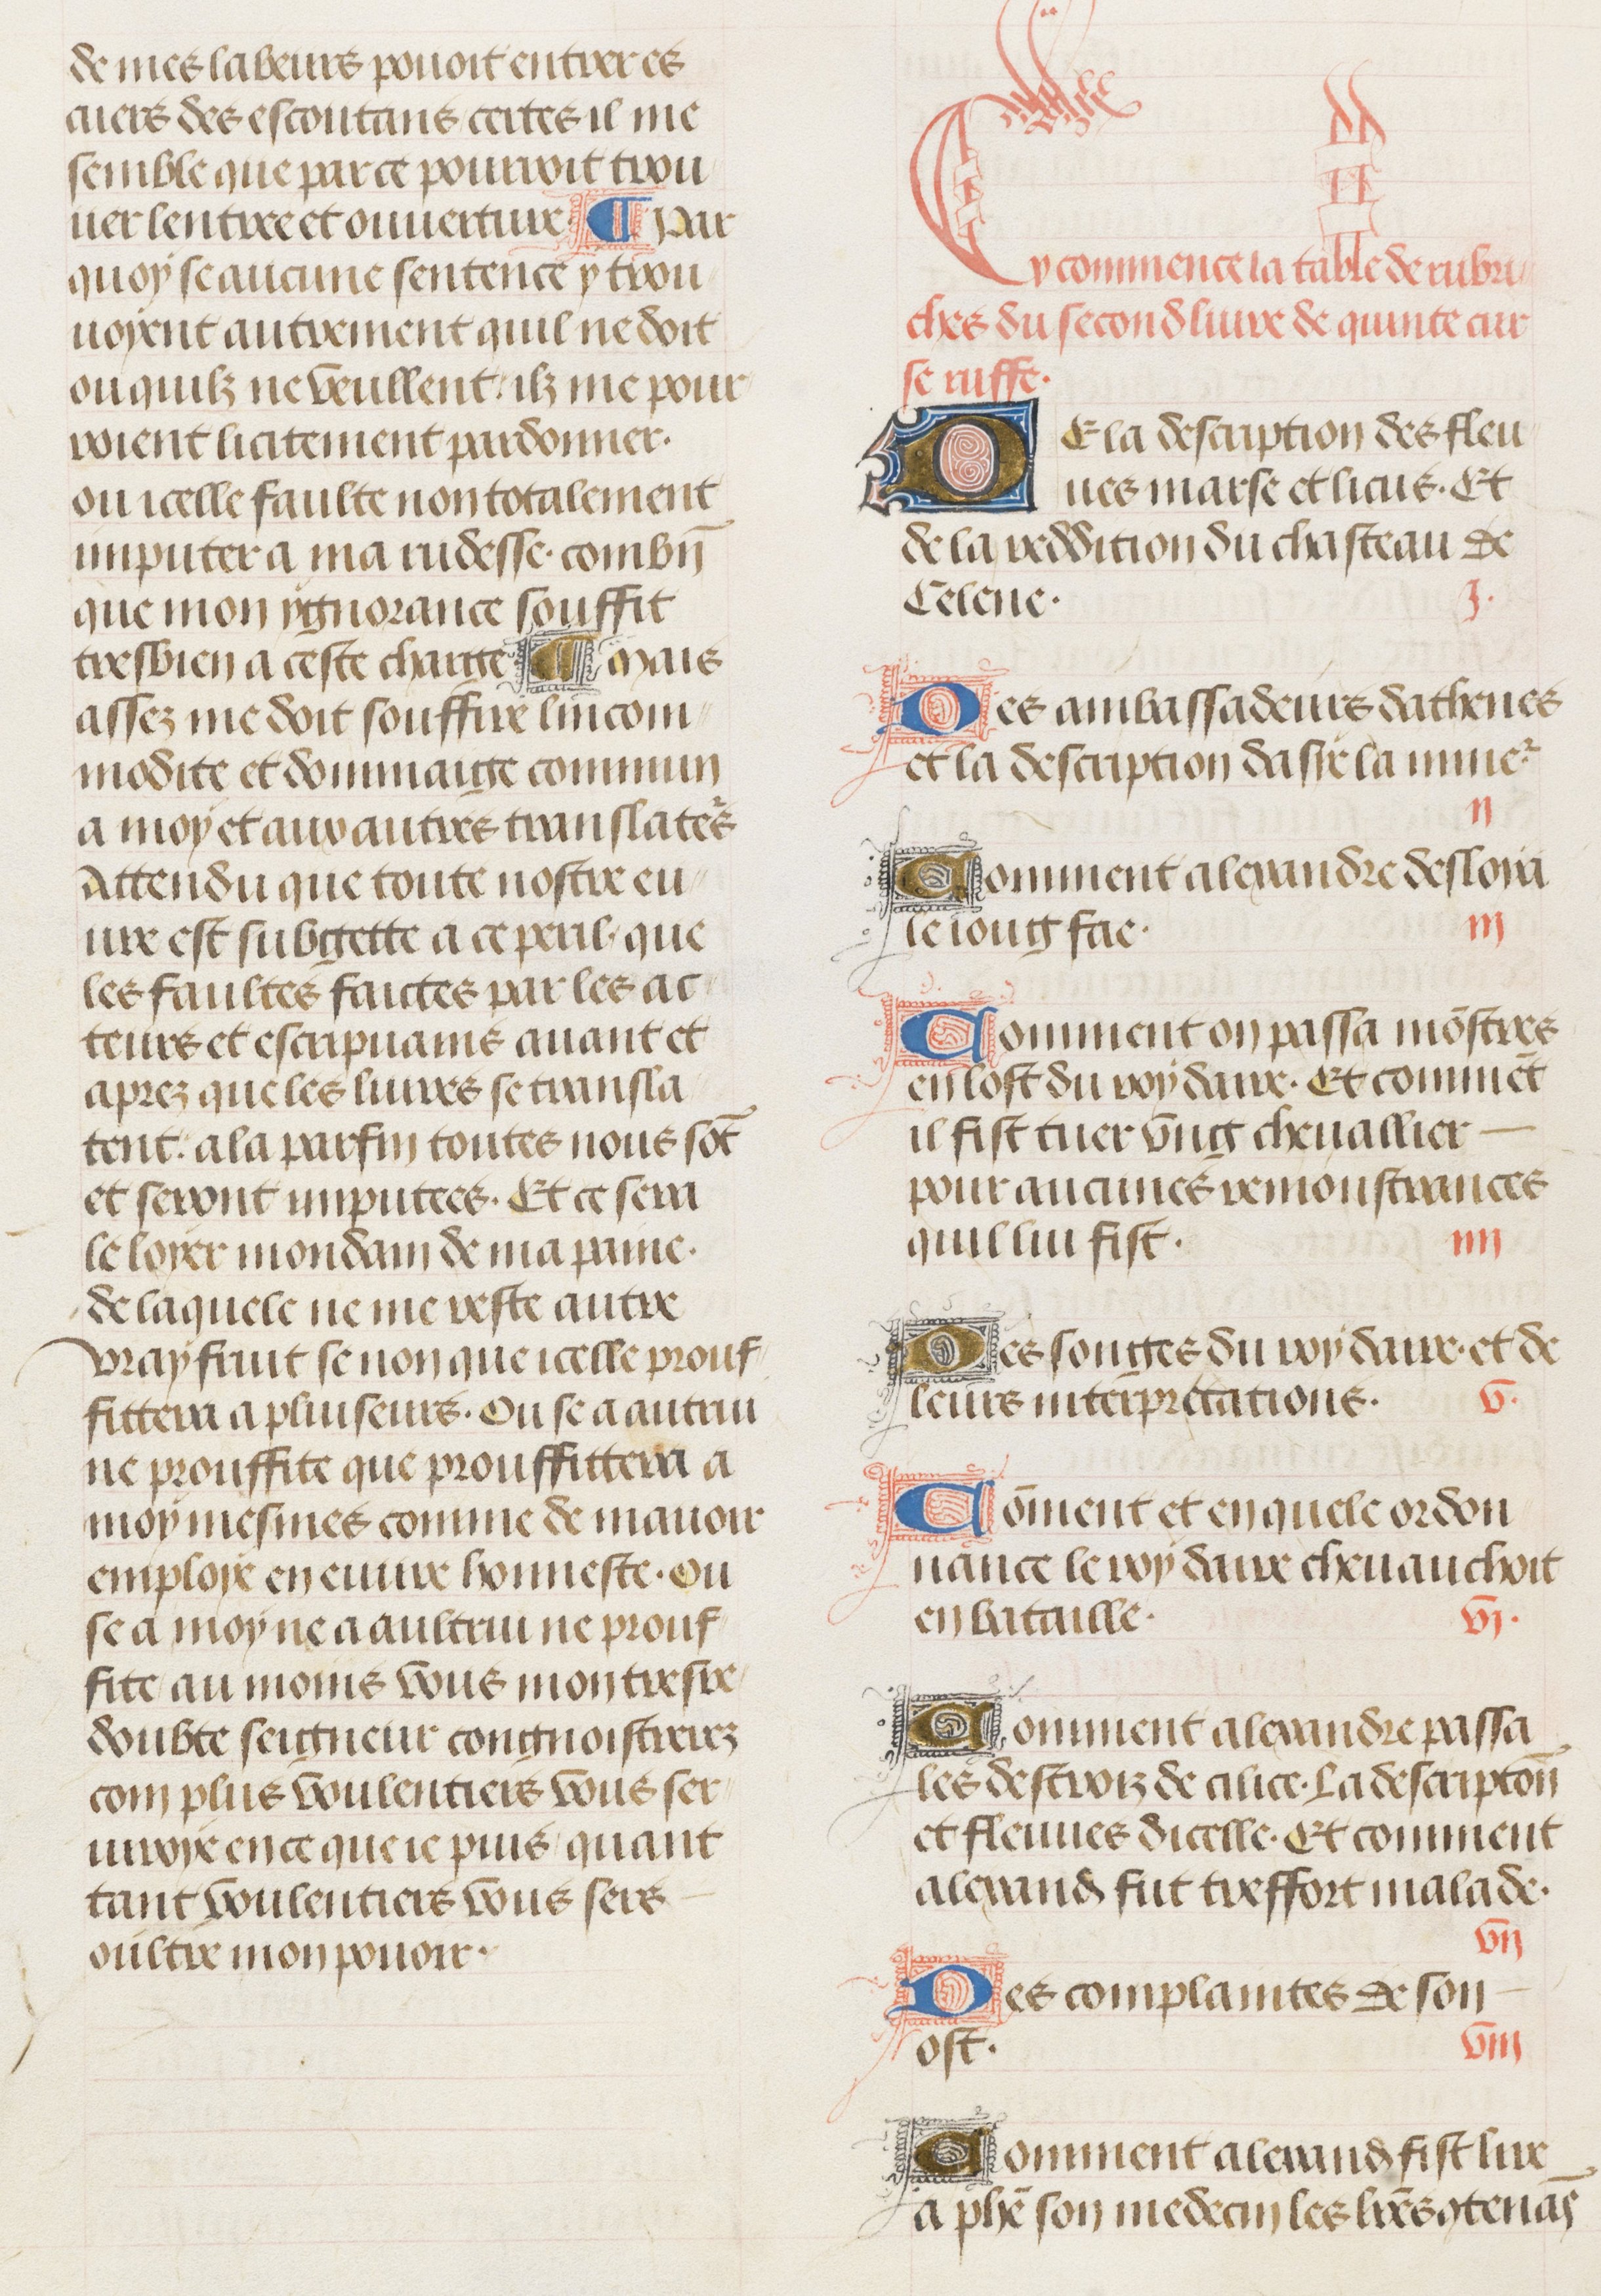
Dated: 1470–1499